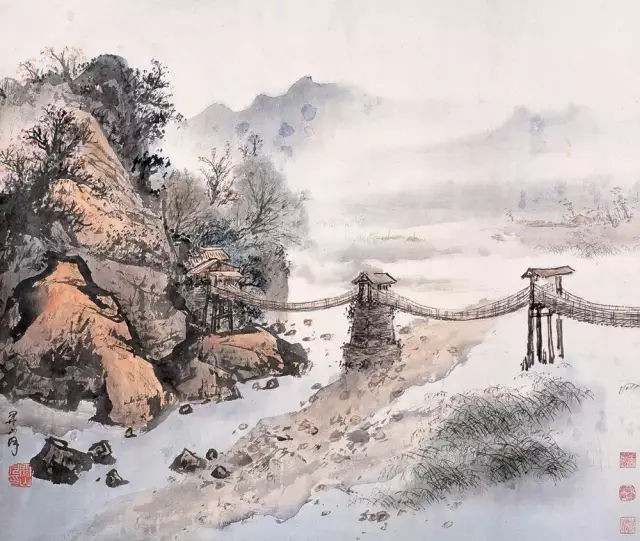
唯天下至诚为能尽其性。能尽其性，则能尽人之性。